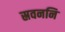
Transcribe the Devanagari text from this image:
स्रवननि